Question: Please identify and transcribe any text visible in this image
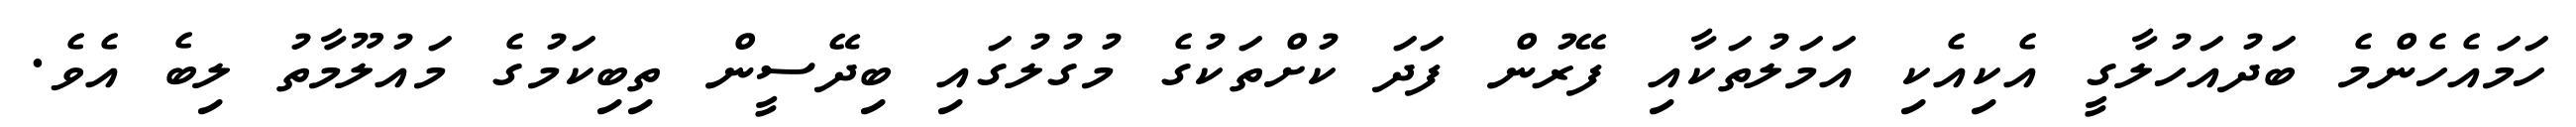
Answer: ހަމައެހެންމެ ބަދުއަހުލާގީ އެކިއެކި އަމަލުތަކާއި ފޭރުން ފަދަ ކުށްތަކުގެ މުގުލުގައި ބިދޭސީން ތިބިކަމުގެ މައުލޫމާތު ލިބެ އެވެ.